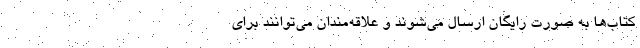
کتاب‌ها به صورت رایگان ارسال می‌شوند و علاقه‌مندان می‌توانند برای